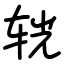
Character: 𨐈